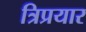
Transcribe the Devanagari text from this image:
त्रिप्रयार